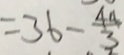
= 3 6 - \frac { 4 4 } { 3 }